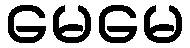
မေမေ